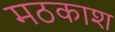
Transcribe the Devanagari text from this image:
मठकाश